Notes on vaccination in the North-West Frontier Province 1923-1928 - 1923-1928
Year: 1923
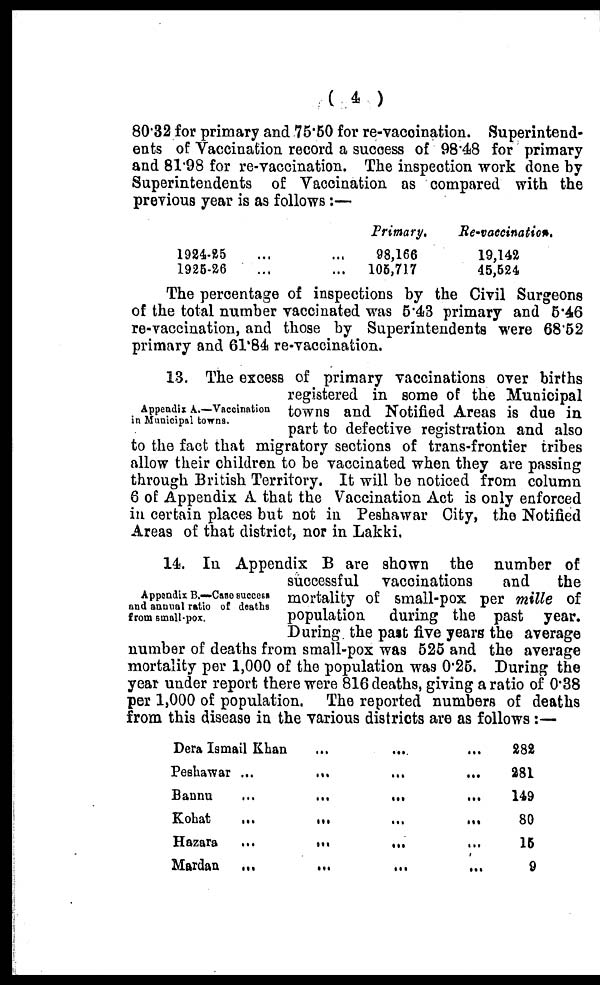
( 4 )
80.32 for primary and 75.50 for re-vaccination. Superintend-
ents of Vaccination record a success of 98.48 for primary
and 81.98 for re-vaccination. The inspection work done by
Superintendents of Vaccination as compared with the
previous year is as follows :—
1924-25 ... ...
1925-26 ... ...
Primary.
98,166
105,717
Re-vaccinatios.
19,142
45,524
The percentage of inspections by the Civil Surgeons
of the total number vaccinated was 5.43 primary and 5.46
re-vaccination, and those by Superintendents were 68.52
primary and 61.84 re-vaccination.
Appendix A.—Vaccination
in Municipal towns.
13. The excess of primary vaccinations over births
registered in some of the Municipal
towns and Notified Areas is due in
part to defective registration and also
to the fact that migratory sections of trans-frontier tribes
allow their children to be vaccinated when they are passing
through British Territory. It will be noticed from column
6 of Appendix A that the Vaccination Act is only enforced
in certain places but not in Peshawar City, the Notified
Areas of that district, nor in Lakki.
Appendix B.—Case success
and annual ratio of deaths
from small-pox.
14. In Appendix B are shown the number of
successful vaccinations
and
the
mortality of small-pox per mille of
population during the past year.
During the past five years the average
number of deaths from small-pox was 525 and the average
mortality per 1,000 of the population was 0.25. During the
year under report there were 816 deaths, giving a ratio of 0.38
per 1,000 of population. The reported numbers of deaths
from this disease in the various districts are as follows:—
Dera Ismail Khan ... ... ...
Peshawar ...
...
...
...
Bannu
...
...
...
...
Kohat
...
...
...
...
Hazara
...
...
...
...
Mardan
...
...
...
...
282
281
149
80
15
9